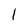
Character: l